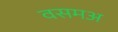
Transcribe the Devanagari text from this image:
वसमअ